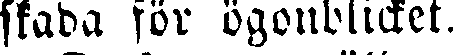
skada för ögonblicket.